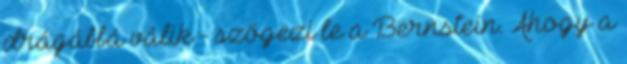
drágábbá válik - szögezi le a Bernstein. Ahogy a